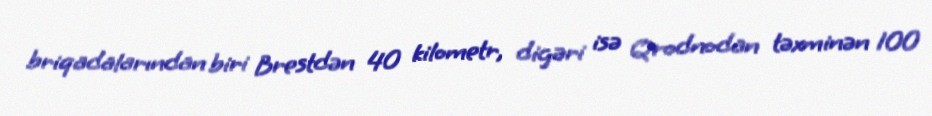
briqadalarından biri Brestdən 40 kilometr, digəri isə Qrodnodan təxminən 100